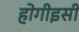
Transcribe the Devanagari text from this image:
होगीइसी